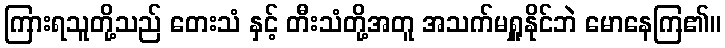
ကြားရသူတို့သည် တေးသံ နှင့် တီးသံတို့အတူ အသက်မရှူနိုင်ဘဲ မောနေကြ၏။